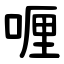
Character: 喱